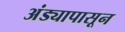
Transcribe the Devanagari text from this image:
अंड्यापासून